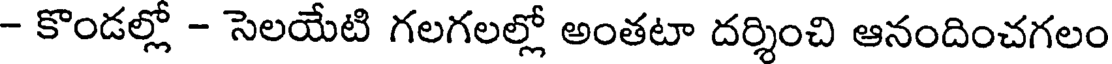
- కొండల్లో - సెలయేటి గలగలల్లో అంతటా దర్శించి ఆనందించగలం